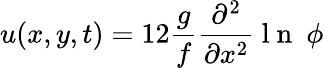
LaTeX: u(x,y,t)=12\frac{g}{f}\frac{\partial^{2}}{\partial x^{2}}\mathrm{~l~n~}\ \phi